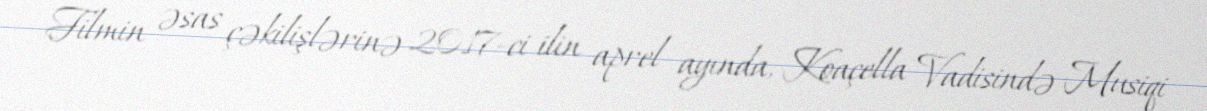
Filmin əsas çəkilişlərinə 2017-ci ilin aprel ayında, Koaçella Vadisində Musiqi